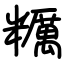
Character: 糲